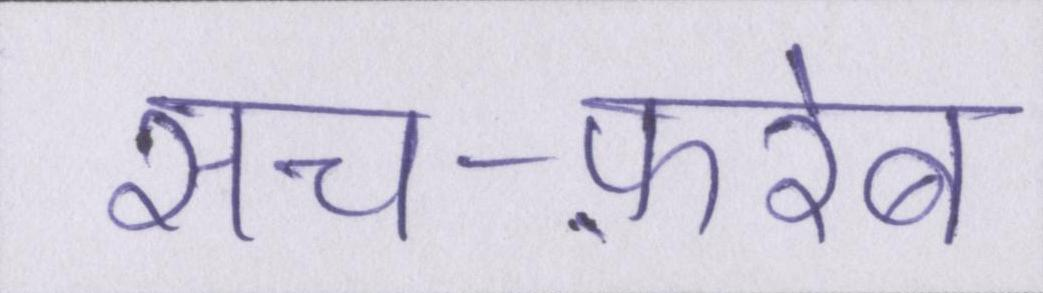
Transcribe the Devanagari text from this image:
सच-फ़रेब